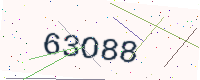
Text: 63O88